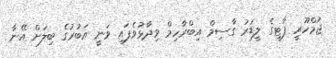
ޖުމްހޫރީ ޕާޓީގެ ލީޑަރު ގާސިމް އިބްރާހިމް ވިދާޅުވެފައި ވަނީ އަބުރުގެ ބިލަށް އޭނާ